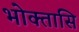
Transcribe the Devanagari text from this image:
भोक्तासि